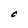
Character: C